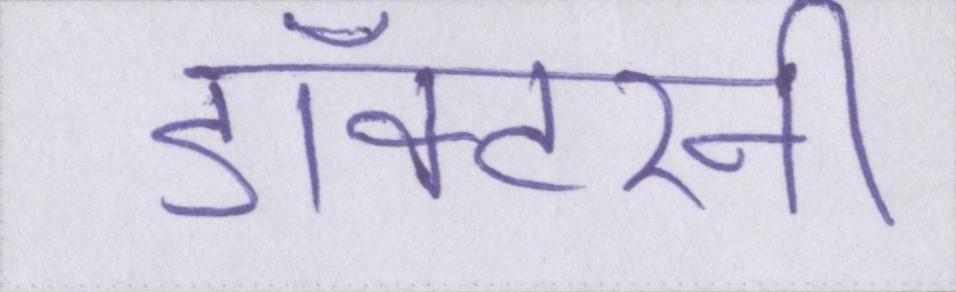
डॉक्टरनी